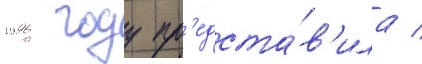
1996 году пр'едста́в'ила /